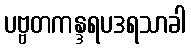
ပဗ္ဗတကန္ဒရပဒရသာခါ